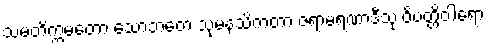
သမတိက္ကမတော သောဘတေ သုမနသိကတာ ဇရာမရဏာဒီသု ဝိပတ္တိဝါရော